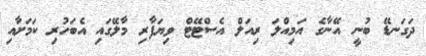
ދަގަނޑޭ ބުނީ އޭނާގެ އަމިއްލަ ރިއަލް އެސްޓޭޓް ވިޔަފާރި މާލޭގައި އެބަހުރި ކަމަށާއި